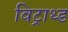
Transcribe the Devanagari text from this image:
विट्राथ्ड